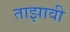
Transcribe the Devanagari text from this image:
ताझावी